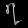
Digit: ၇